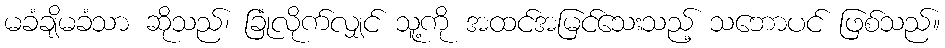
မခံချိမခံသာ ဆိုသည်၊ ခြုံလိုက်လျှင် သူ့ကို အထင်အမြင်သေးသည့် သဘောပင် ဖြစ်သည်။